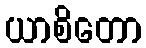
ယာစိတော